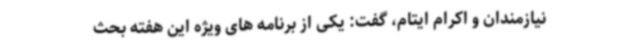
نیازمندان و اکرام ایتام، گفت: یکی از برنامه های ویژه این هفته بحث